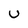
Character: u